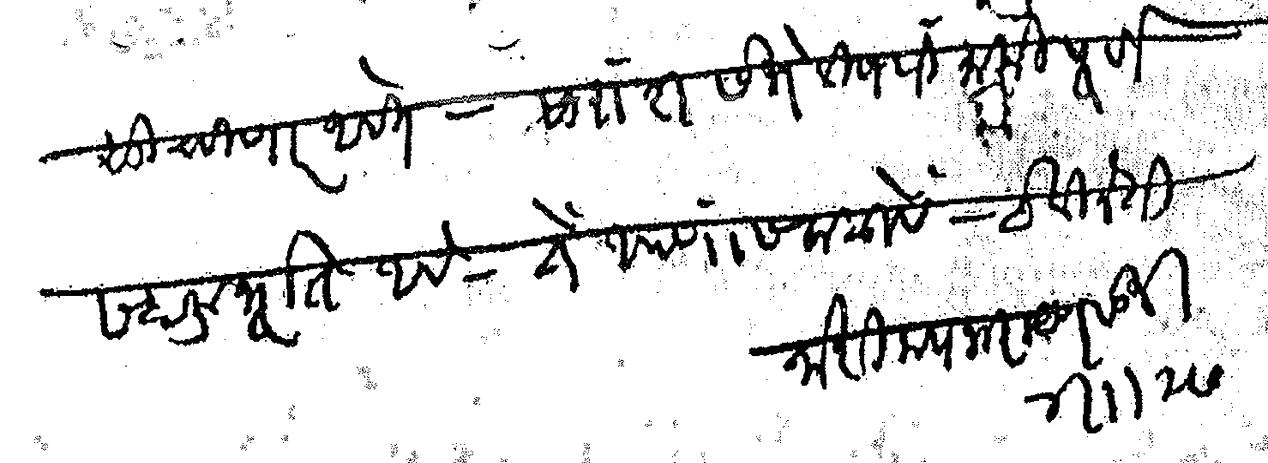
Transliteration (Devanagari): सुचविणार आहेत  सारांश सभेविषयी माझी पूर्ण सहानुभूती आहे ते आपणास कळावे  हे विनंती काशिनाथ नारायण साने ४ १ २७